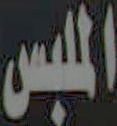
الملبس